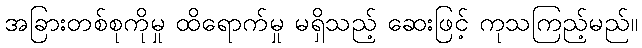
အခြားတစ်စုကိုမှု ထိရောက်မှု မရှိသည့် ဆေးဖြင့် ကုသကြည့်မည်။